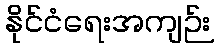
နိုင်ငံရေးအကျဉ်း